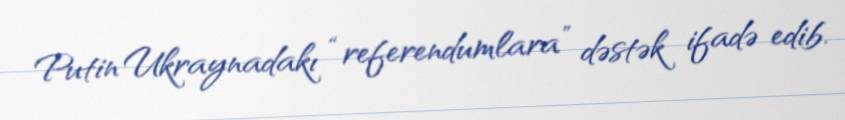
Putin Ukraynadakı “referendumlara” dəstək ifadə edib.